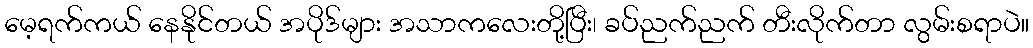
မေ့ရက်ကယ် နေနိုင်တယ် အပိုဒ်များ အသာကလေးတို့ပြီး၊ ခပ်ညက်ညက် တီးလိုက်တာ လွမ်းစရာပဲ။